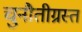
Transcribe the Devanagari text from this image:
चुनौतीग्रस्त